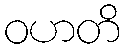
ဝဟတိ